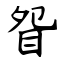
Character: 眢